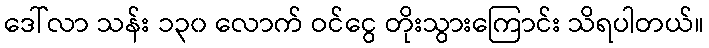
ဒေါ်လာ သန်း ၁၃၀ လောက် ဝင်ငွေ တိုးသွားကြောင်း သိရပါတယ်။